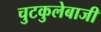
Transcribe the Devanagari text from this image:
चुटकुलेबाजी